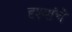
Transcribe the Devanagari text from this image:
दृश्यांचे